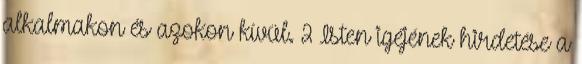
alkalmakon és azokon kívül. 2 Isten igéjének hirdetése a